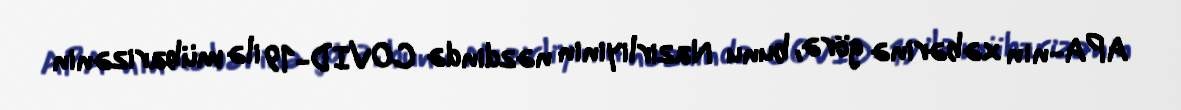
APA-nın xəbərinə görə, bunu Nazirliyinin nəzdində COVID-19 ilə mübarizənin